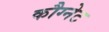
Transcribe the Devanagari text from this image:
कौग्नेट